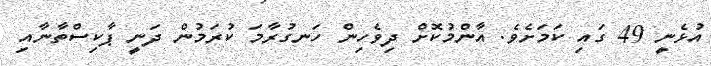
އުޅެނީ 49 ގައި ކަމަށެވެ. އާންމުކޮށް ދިވެހިން ހަނގުރާމަ ކުރަމުން ދަނީ ޕާކިސްތާނާއި